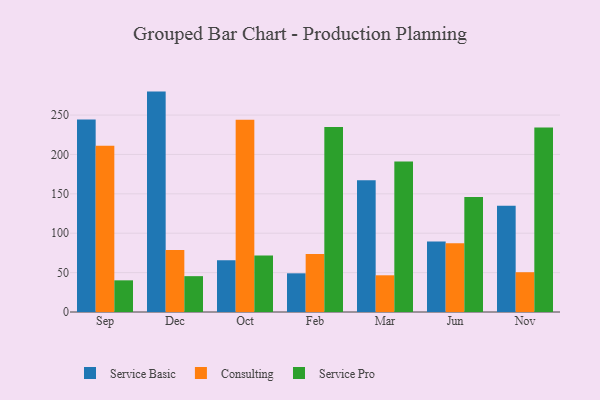
{"axis": {"x": "Month", "y": "Tickets Resolved"}, "legend": ["Consulting", "Service Basic", "Service Pro"], "data": [{"x": "Sep", "y": 244.4, "type": "Service Basic"}, {"x": "Sep", "y": 211.0, "type": "Consulting"}, {"x": "Sep", "y": 40.2, "type": "Service Pro"}, {"x": "Dec", "y": 279.8, "type": "Service Basic"}, {"x": "Dec", "y": 78.8, "type": "Consulting"}, {"x": "Dec", "y": 45.5, "type": "Service Pro"}, {"x": "Oct", "y": 65.6, "type": "Service Basic"}, {"x": "Oct", "y": 244.0, "type": "Consulting"}, {"x": "Oct", "y": 71.6, "type": "Service Pro"}, {"x": "Feb", "y": 49.1, "type": "Service Basic"}, {"x": "Feb", "y": 73.6, "type": "Consulting"}, {"x": "Feb", "y": 234.8, "type": "Service Pro"}, {"x": "Mar", "y": 167.4, "type": "Service Basic"}, {"x": "Mar", "y": 46.6, "type": "Consulting"}, {"x": "Mar", "y": 191.0, "type": "Service Pro"}, {"x": "Jun", "y": 89.4, "type": "Service Basic"}, {"x": "Jun", "y": 87.3, "type": "Consulting"}, {"x": "Jun", "y": 146.1, "type": "Service Pro"}, {"x": "Nov", "y": 134.8, "type": "Service Basic"}, {"x": "Nov", "y": 50.5, "type": "Consulting"}, {"x": "Nov", "y": 234.1, "type": "Service Pro"}]}